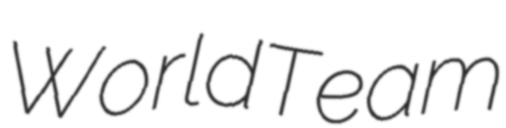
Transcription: WorldTeam